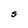
Character: S